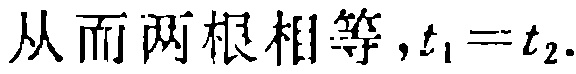
从而两根相等,$t_{1}=t_{2}$.